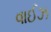
વાઈઝ